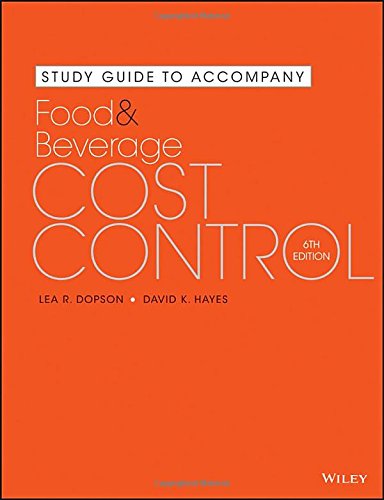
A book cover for Study Guide to Accompany Food and Beverage Cost Control; Lea R. Dopson; Cookbooks, Food & Wine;